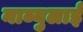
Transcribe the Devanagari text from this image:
नाब्युलाई